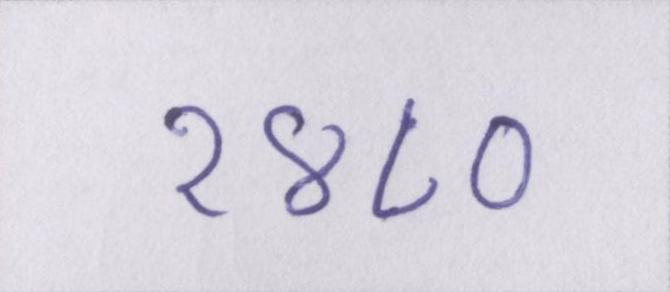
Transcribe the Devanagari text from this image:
१४८०